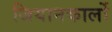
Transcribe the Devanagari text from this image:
जियानकार्लो